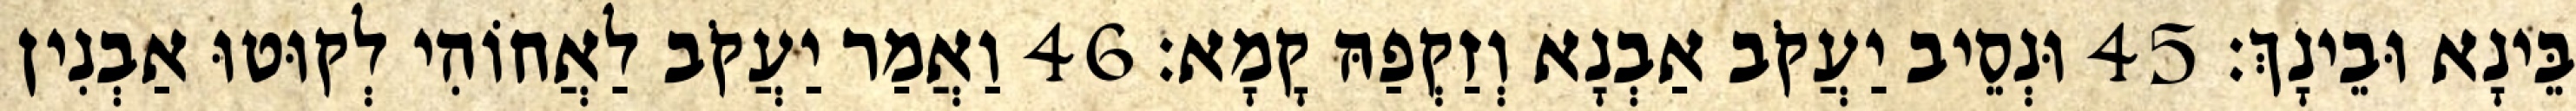
בֵּינָא וּבֵינָךְ׃ 45 וּנְסֵיב יַעֲקֹב אַבְנָא וְזַקְפַהּ קָמָא׃ 46 וַאֲמַר יַעֲקֹב לַאֲחוֹהִי לְקוּטוּ אַבְנִין